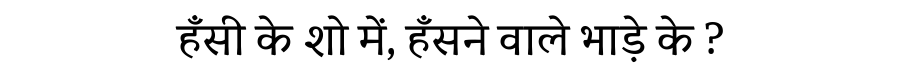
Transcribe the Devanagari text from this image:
हँसी के शो में, हँसने वाले भाड़े के ?